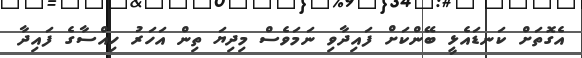
އެގޮތަށް ކަނޑައެޅީ ބޭންކަށް ފައިދާވި ނަމަވެސް މިދިޔަ ތިން އަހަރު ހިއްސާގެ ފައިދާ